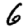
Digit: 6